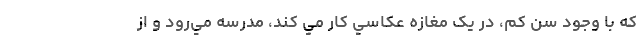
که با وجود سن کم، در يک مغازه عکاسي کار مي کند، مدرسه مي‌رود و از